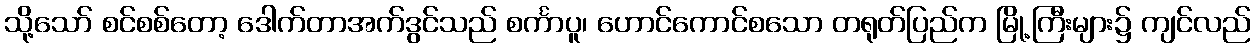
သို့သော် စင်စစ်တော့ ဒေါက်တာအက်ဒွင်သည် စင်္ကာပူ၊ ဟောင်ကောင်စသော တရုတ်ပြည်က မြို့ကြီးများ၌ ကျင်လည်